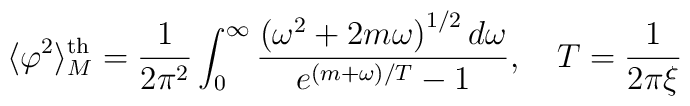
\langle \varphi ^{2}\rangle ^{\mathrm{th}}_{M}=\frac{1}{2\pi^2}\int^{\infty }_{0}\frac{\left( \omega ^{2}+2m\omega \right)^{1/2}d\omega }{e^{(m+\omega )/T}-1}, \quad T=\frac{1}{2\pi \xi }